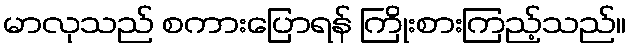
မာလုသည် စကားပြောရန် ကြိုးစားကြည့်သည်။